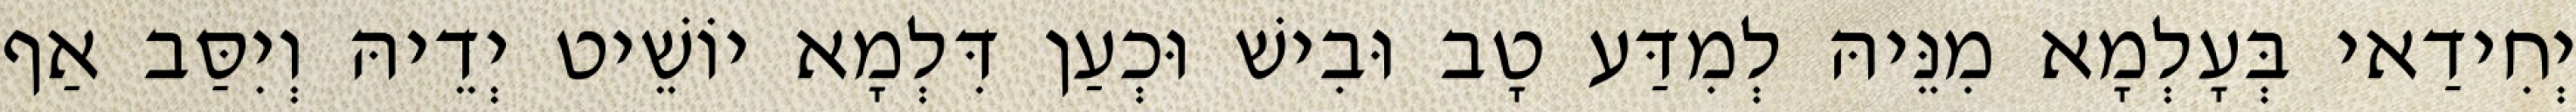
יְחִידַאי בְּעָלְמָא מִנֵּיהּ לְמִדַּע טָב וּבִישׁ וּכְעַן דִּלְמָא יוֹשֵׁיט יְדֵיהּ וְיִסַּב אַף